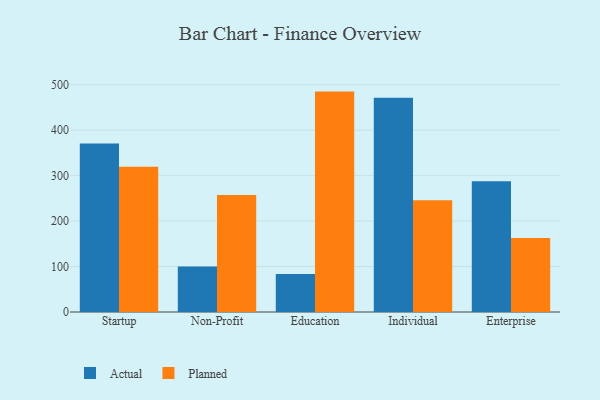
{"axis": {"x": "Segment", "y": "Shipments"}, "legend": ["Actual", "Planned"], "data": [{"x": "Startup", "y": 370.6, "type": "Actual"}, {"x": "Startup", "y": 319.3, "type": "Planned"}, {"x": "Non-Profit", "y": 99.9, "type": "Actual"}, {"x": "Non-Profit", "y": 257.6, "type": "Planned"}, {"x": "Education", "y": 83.6, "type": "Actual"}, {"x": "Education", "y": 484.8, "type": "Planned"}, {"x": "Individual", "y": 471.3, "type": "Actual"}, {"x": "Individual", "y": 245.7, "type": "Planned"}, {"x": "Enterprise", "y": 287.8, "type": "Actual"}, {"x": "Enterprise", "y": 162.8, "type": "Planned"}]}